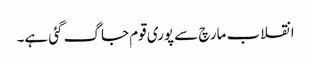
انقلاب مارچ سے پوری قوم جاگ گئی ہے۔